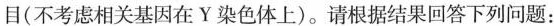
目(不考虑相关基因Y染色体上)。请根据结果回答下列问题：